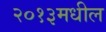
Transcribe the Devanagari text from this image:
२०१३मधील